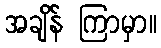
အချိန် ကြာမှာ။